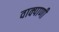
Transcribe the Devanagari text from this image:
वाक्पाणी